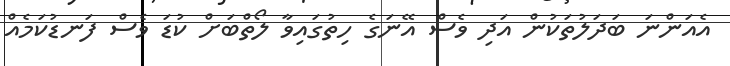
އެއަންނަ ބަދަލުތަކުން އަދި ވެސް އޭނަގެ ހިތުގައިވާ ލޯތްބަށް ކުޑަ ވެސް ފަނޑުކަމެއް